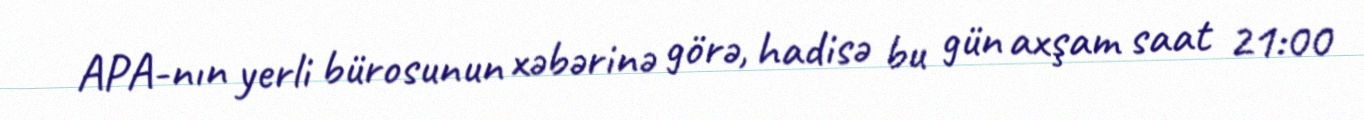
APA-nın yerli bürosunun xəbərinə görə, hadisə bu gün axşam saat 21:00